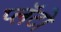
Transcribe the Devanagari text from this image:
प्लॅटो